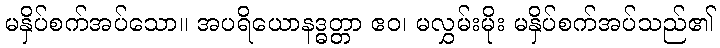
မနှိပ်စက်အပ်သော။ အပရိယောနဒ္ဓတ္တာ ဧဝ၊ မလွှမ်းမိုး မနှိပ်စက်အပ်သည်၏